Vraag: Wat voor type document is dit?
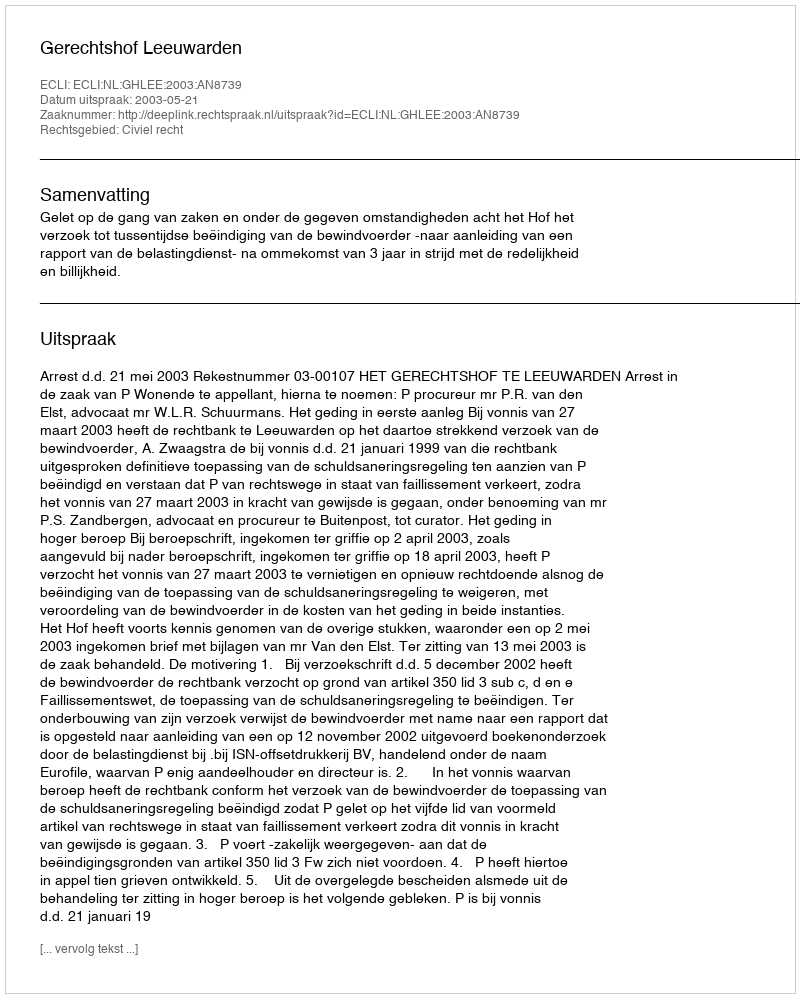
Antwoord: Uitspraak